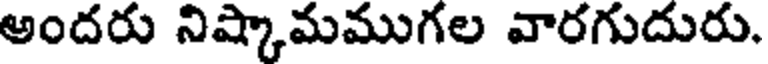
అందరు నిష్కామముగల వారగుదురు.